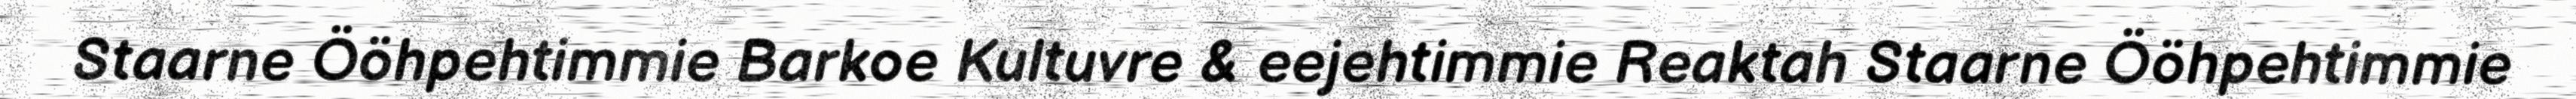
Staarne Ööhpehtimmie Barkoe Kultuvre & eejehtimmie Reaktah Staarne Ööhpehtimmie